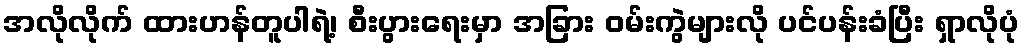
အလိုလိုက် ထားဟန်တူပါရဲ့၊ စီးပွားရေးမှာ အခြား ဝမ်းကွဲများလို ပင်ပန်းခံပြီး ရှာလိုပုံ